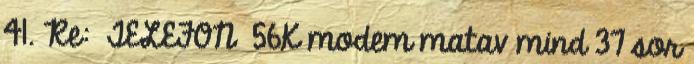
41. Re: TELEFON 56K modem matav mind 37 sor